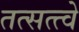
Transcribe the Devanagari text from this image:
तत्सत्त्वे